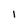
Character: I